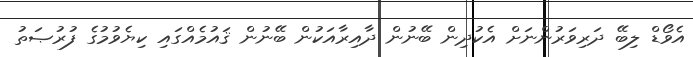
އެވޯޑް ލިބޭ ދަރިވަރުންނަށް އެކުދިން ބޭނުން ދާއިރާއަކުން ބޭނުން ޤައުމެއްގައި ކިޔެވުމުގެ ފުރުޞަތު